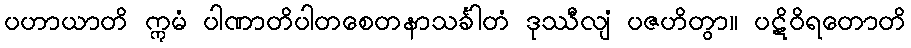
ပဟာယာတိ ဣမံ ပါဏာတိပါတစေတနာသင်္ခါတံ ဒုဿီလျံ ပဇဟိတွာ။ ပဋိဝိရတောတိ